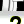
Digit: 2